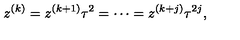
z ^ { ( k ) } = z ^ { ( k + 1 ) } \tau ^ { 2 } = \cdots = z ^ { ( k + j ) } \tau ^ { 2 j } ,